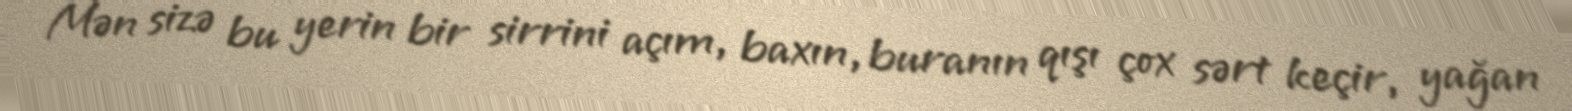
Mən sizə bu yerin bir sirrini açım, baxın, buranın qışı çox sərt keçir, yağan